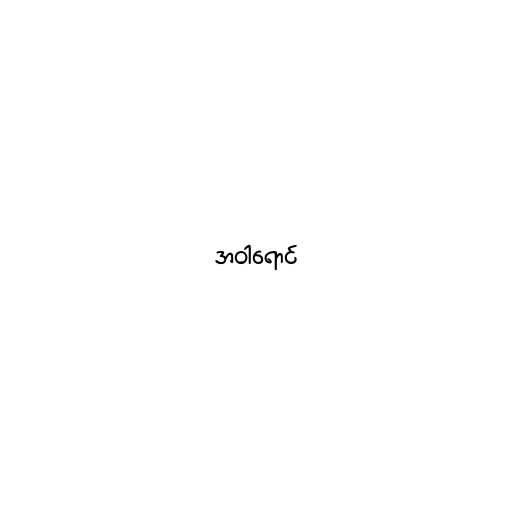
အဝါရောင်